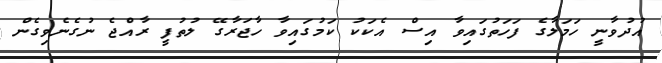
އުދުވާނީ ހަމަލާގެ ފަހަތުގައިވާ އިސް އެކަކު ކަމުގައިވާ ހާޖަރާގޭ ލުތުފީ ރާއްޖެ ނުގެނެވިގެން